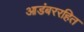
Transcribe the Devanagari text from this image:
आडंबररहित